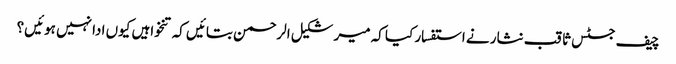
چیف جسٹس ثاقب نثار نے استفسار کیا کہ میر شکیل الرحمن بتائیں کہ تنخواہیں کیوں ادا نہیں ہوئیں؟